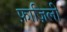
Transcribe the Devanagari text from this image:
फ़ाज़िली